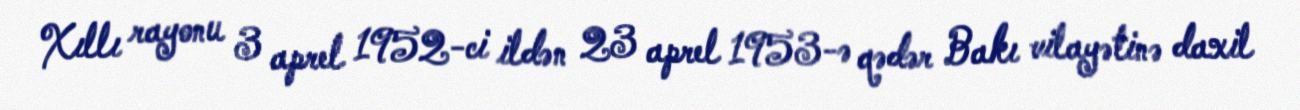
Xıllı rayonu 3 aprel 1952-ci ildən 23 aprel 1953-ə qədər Bakı vilayətinə daxil